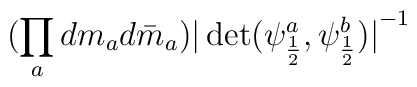
(\prod_a dm_ad\bar m_a) {\vert \det (\psi_{\frac{1}{2}}^a,\psi_{\frac{1}{2}}^b)\vert}^{-1}